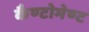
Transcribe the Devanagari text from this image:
कैण्‍टोमेण्‍ट